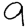
Digit: 9